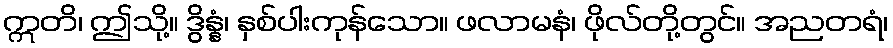
ဣတိ၊ ဤသို့။ ဒွိန္နံ၊ နှစ်ပါးကုန်သော။ ဖလာမနံ၊ ဖိုလ်တို့တွင်။ အညတရံ၊